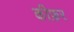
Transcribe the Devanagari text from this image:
कीफ़र